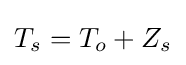
T_{s}=T_{o}+Z_{s}